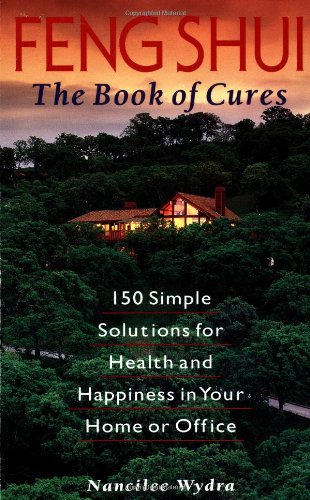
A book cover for Feng Shui: The Book of Cures; Nancilee Wydra; Business & Money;